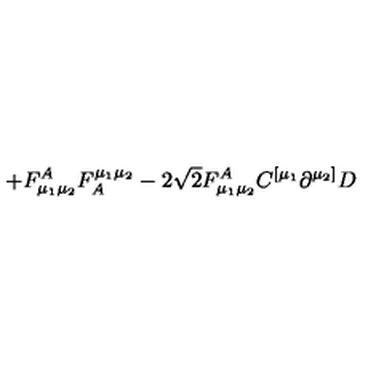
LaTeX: \left. + { F } _ { \mu _ { 1 } \mu _ { 2 } } ^ { A } { F } _ { A } ^ { \mu _ { 1 } \mu _ { 2 } } - 2 \sqrt { 2 } { F } _ { \mu _ { 1 } \mu _ { 2 } } ^ { A } { C } ^ { [ \mu _ { 1 } } \partial ^ { \mu _ { 2 } ] } { D } \right.